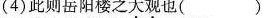
4)此则岳阳楼之大观也( )